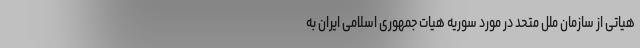
هیاتی از سازمان ملل متحد در مورد سوریه هیات جمهوری اسلامی ایران به